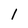
Character: 1